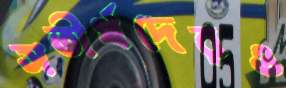
সতীর্থদেরও